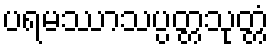
ပရမဿာသပ္ပတ္တသုတ္တံ